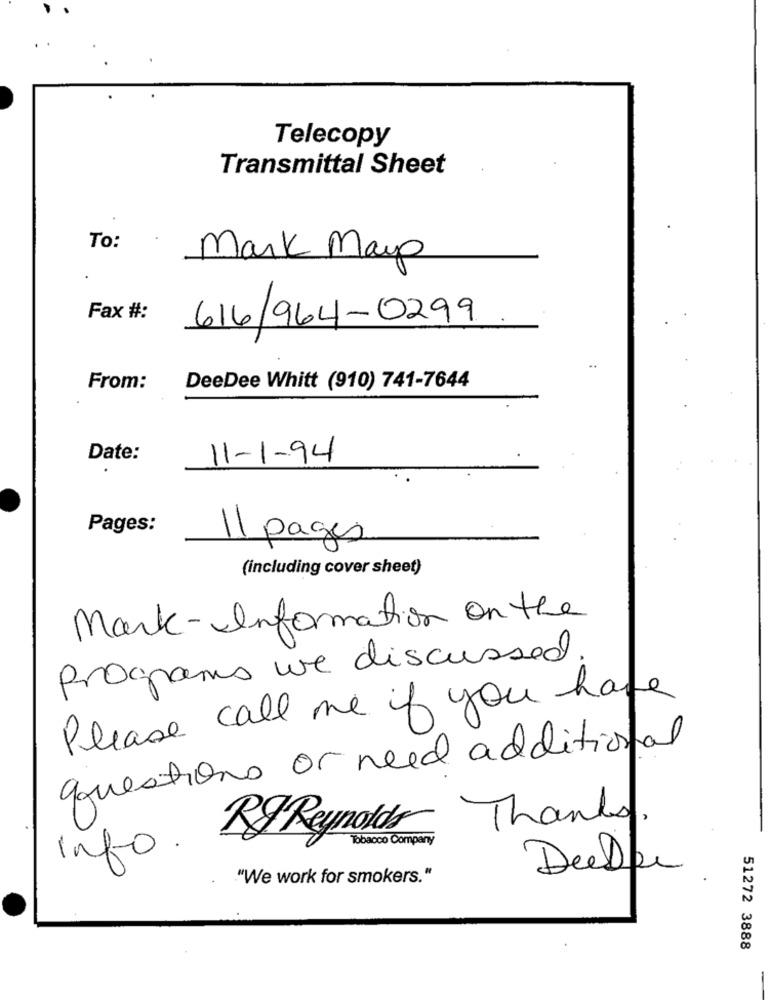
Telecopy
Transmittal Sheet
To:
Mark Mayo
Fax #:
616/964-0299
From:
DeeDee Whitt (910) 741-7644
Date:
11-1-94
Pages:
Il pages
(including cover sheet)
Mark-Information on the
programs we discussed.
Please call me if you have
questions or need additional
Thanks
RF Reynolds
Tobacco Company
Info.
Deelke
"We work for smokers."
51272 3888